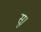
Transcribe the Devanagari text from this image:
सू।